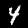
Digit: 4